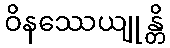
ဝိနဿေယျုန္တိ